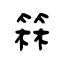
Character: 箖